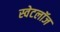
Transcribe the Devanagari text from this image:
स्वेटलॉज